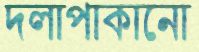
দলাপাকানো